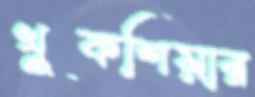
খুকশিয়ার